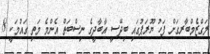
ލަގްޒެމްބާރގަށް ފަހު ޔޫރަޕުގައި ބިދޭސީ އާބާދީގެ ނިސްބަތް އެންމެ މަތި ގައުމަކީ 8